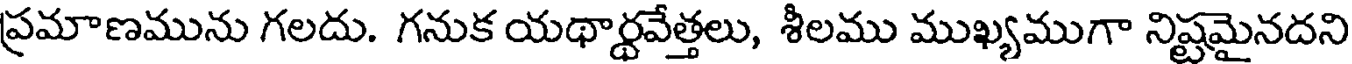
ప్రమాణమును గలదు. గనుక యథార్థవేత్తలు, శీలము ముఖ్యముగా నిష్టమైనదని